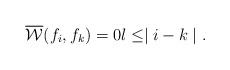
LaTeX: \begin{align*} \overline{\mathcal{W}}(f_i,f_k)=0 l\leq \mid i-k\mid.\end{align*}